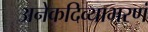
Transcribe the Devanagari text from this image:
अनेकदिव्याभरणं